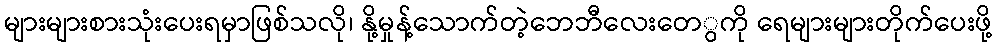
များများစားသုံးပေးရမှာဖြစ်သလို၊ နို့မှုန့်သောက်တဲ့ဘေဘီလေးတေွကို ရေများများတိုက်ပေးဖို့